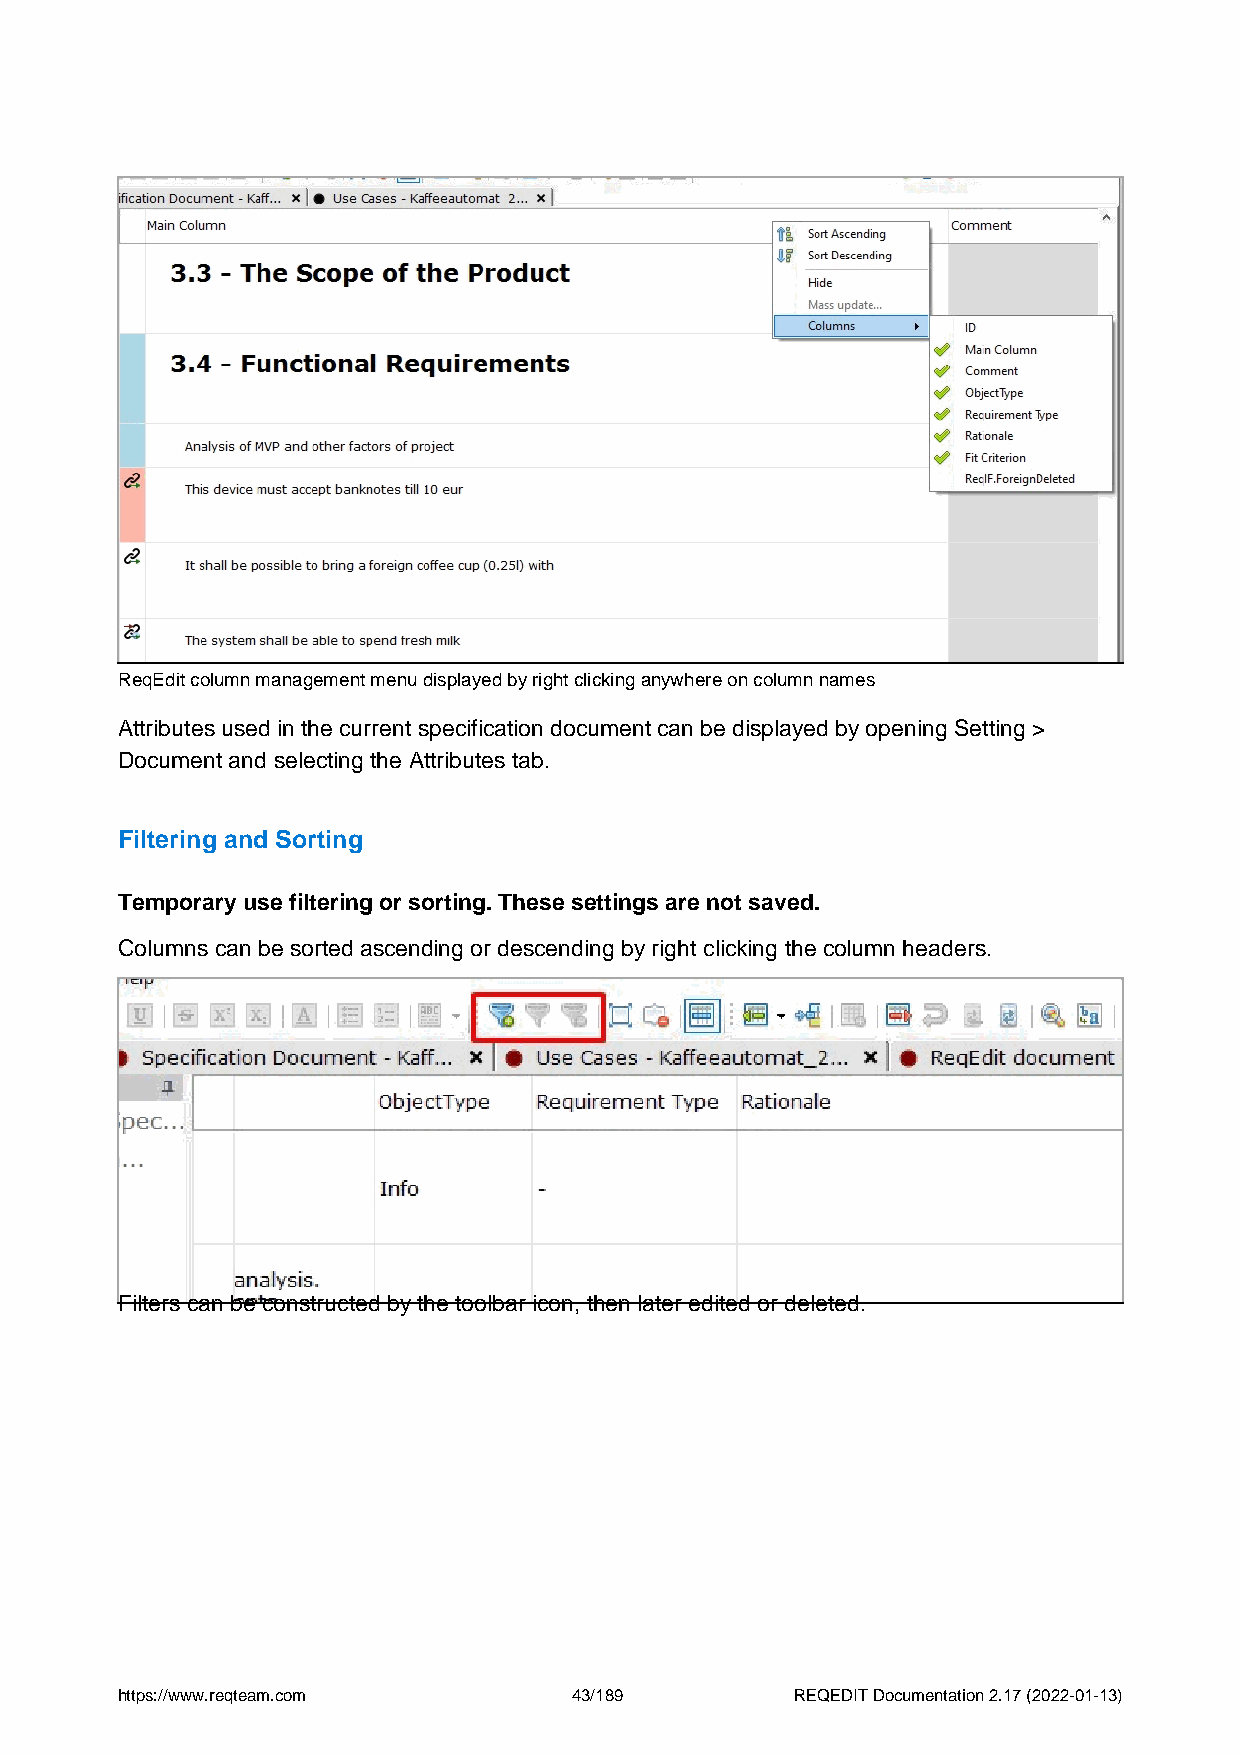
ReqEdit column management menu displayed by right clicking anywhere on column names
 Attributes used in the current specification document can be displayed by opening Setting >
 Document and selecting the Attributes tab.
 Filtering and Sorting
 Temporary use filtering or sorting. These settings are not saved.
 Columns can be sorted ascending or descending by right clicking the column headers.
 Filters can be constructed by the toolbar icon, then later edited or deleted.
 https://www.reqteam.com       43/189         REQEDIT Documentation 2.17 (2022-01-13)